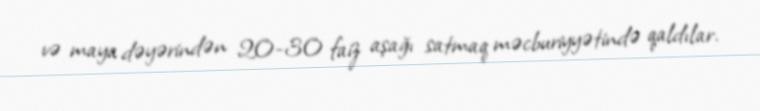
və maya dəyərindən 20-30 faiz aşağı satmaq məcburiyyətində qaldılar.